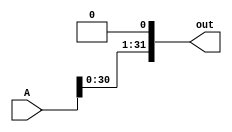
module lls1bit(A, out);

input [31:0] A;
output [31:0] out; 

assign out[31:1] = A[30:0];
assign out[0] = 0; 


endmodule